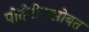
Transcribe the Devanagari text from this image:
पोर्तुगीजसोबत